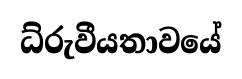
ධ්රුවීයතාවයේ